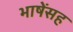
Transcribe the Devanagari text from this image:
भाषेंसह